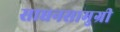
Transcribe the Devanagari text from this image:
साधनसामुग्री